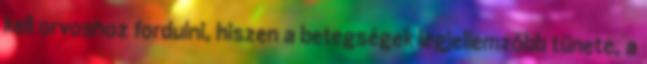
kell orvoshoz fordulni, hiszen a betegségek legjellemzőbb tünete, a